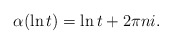
\begin{align*} \alpha(\ln t) = \ln t + 2\pi n i. \end{align*}